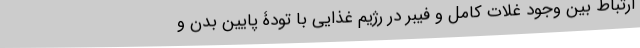
ارتباط بین وجود غلات کامل و فیبر در رژیم غذایی با تودۀ پایین بدن و